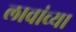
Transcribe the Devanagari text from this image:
लावांच्या